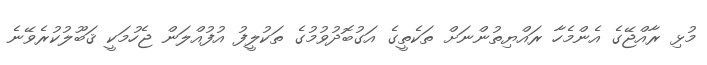
މުޅި ރާއްޖޭގެ އެންމެހާ ރައްޔިތުންނަށް ތަކެތީގެ އަގުބޮދުވުމުގެ ތަކުލީފު އުފުއްލަން ޖެހުމަކީ ޤަބޫލުކުރެވޭނެ